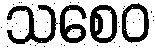
သစေဝ